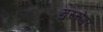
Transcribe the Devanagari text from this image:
मुस्सेपुर